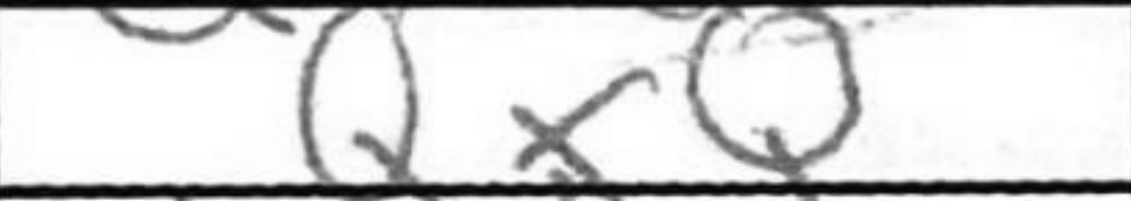
Transcription: QxQ